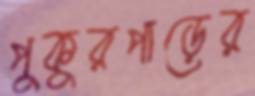
পুকুরপাড়ের